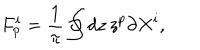
LaTeX: F _ { p } ^ { i } = { \frac { 1 } { \pi } } \oint d z \, z ^ { p } \partial X ^ { i } ,